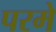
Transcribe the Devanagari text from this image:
परमे